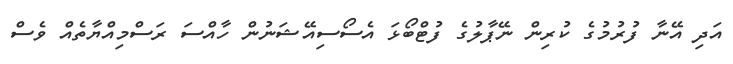
އަދި އޭނާ ފުރުމުގެ ކުރިން ނޭޕާލުގެ ފުޓްބޯޅަ އެސޯސިއޭޝަނުން ހާއްސަ ރަސްމިއްޔާތެއް ވެސް